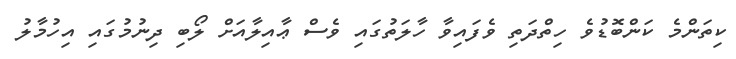
ކިތަންމެ ކަންބޮޑުވެ ހިތްދަތި ވެފައިވާ ހާލަތުގައި ވެސް ޢާއިލާއަށް ލޯބި ދިނުމުގައި އިހުމާލު